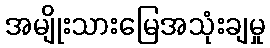
အမျိုးသားမြေအသုံးချမှု